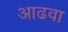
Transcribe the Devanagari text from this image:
आढवा